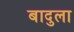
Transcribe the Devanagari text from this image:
बादुला